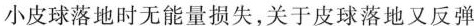
小皮球落地时无能量损失，关于皮球落地又反弹